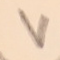
٧